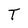
Character: T